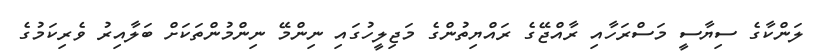
ލަންކާގެ ސިޔާސީ މަސްރަހާއި ރާއްޖޭގެ ރައްޔިތުންގެ މަޖިލީހުގައި ނިންމޭ ނިންމުންތަކަށް ބަލާއިރު ވެރިކަމުގެ